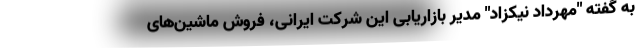
به گفته "مهرداد نیکزاد" مدیر بازاریابی این شرکت ایرانی، فروش ماشین‌های